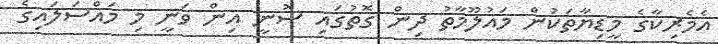
އެމެރިކާގެ މީޑިޔާތަކުން މައުލޫމާތު ދިން ގޮތުގައި ސޮނީ އިން ވަނީ މި މައްސަލައިގެ